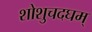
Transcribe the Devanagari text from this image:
शोशुचदघम्